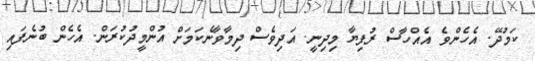
ކަމުދޭ. އެހެންވެ އެއްހާސް ރުފިޔާ މިދިނީ. އަދިވެސް ދިމާވާނެކަމަށް އުންމީދުކުރަން. އެހެން ބުނެފައި